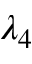
\lambda _ { 4 }